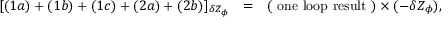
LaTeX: \begin{array} { r c l } { { [ ( 1 a ) + ( 1 b ) + ( 1 c ) + ( 2 a ) + ( 2 b ) ] _ { \delta Z _ { \phi } } } } & { { = } } & { { \displaystyle ( \mathrm { ~ o n e ~ l o o p ~ r e s u l t ~ } ) \times ( - \delta Z _ { \phi } ) , } } \end{array}